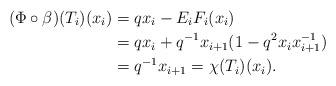
LaTeX: \begin{align*}(\Phi \circ \beta)(T_i)(x_i)&= q x_i - E_i F_i (x_i) \\&= qx_i + q^{-1} x_{i+1} (1 - q^{2} x_i x_{i+1}^{-1}) \\&= q^{-1} x_{i+1} = \chi(T_i)(x_i).\end{align*}